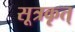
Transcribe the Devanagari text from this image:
सूत्रकृत्